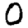
Digit: 0